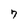
Character: 7